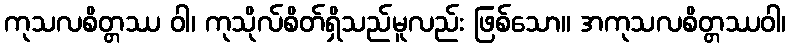
ကုသလစိတ္တဿ ဝါ၊ ကုသိုလ်စိတ်ရှိသည်မူလည်း ဖြစ်သော။ အကုသလစိတ္တဿဝါ၊